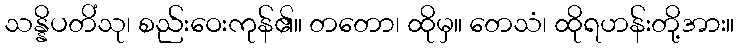
သန္နိပတိံသု၊ စည်းဝေးကုန်၏။ တတော၊ ထိုမှ။ တေသံ၊ ထိုရဟန်းတို့အား။